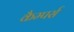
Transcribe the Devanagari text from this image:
कैम्पर्स